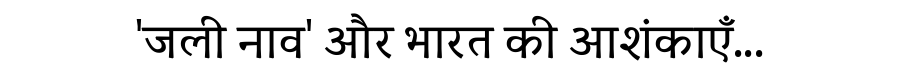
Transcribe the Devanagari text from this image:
'जली नाव' और भारत की आशंकाएँ...